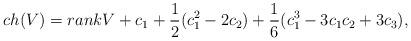
LaTeX: \begin{align*}ch(V)=rank V +c_1+\frac{1}{2}(c_1^2-2c_2)+\frac{1}{6}(c_1^3-3c_1c_2+3c_3),\end{align*}